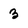
Character: 3